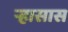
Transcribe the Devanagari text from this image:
ऱ्हासास